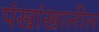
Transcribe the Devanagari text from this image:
पंखांखालील